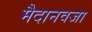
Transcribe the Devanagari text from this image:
मैदानवजा